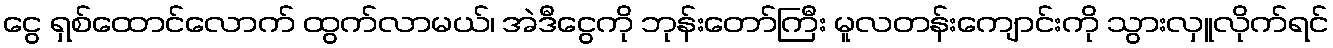
ငွေ ရှစ်ထောင်လောက် ထွက်လာမယ်၊ အဲဒီငွေကို ဘုန်းတော်ကြီး မူလတန်းကျောင်းကို သွားလှူလိုက်ရင်